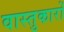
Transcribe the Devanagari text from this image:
वास्‍तुकारों